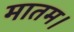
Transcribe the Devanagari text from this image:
मातम।